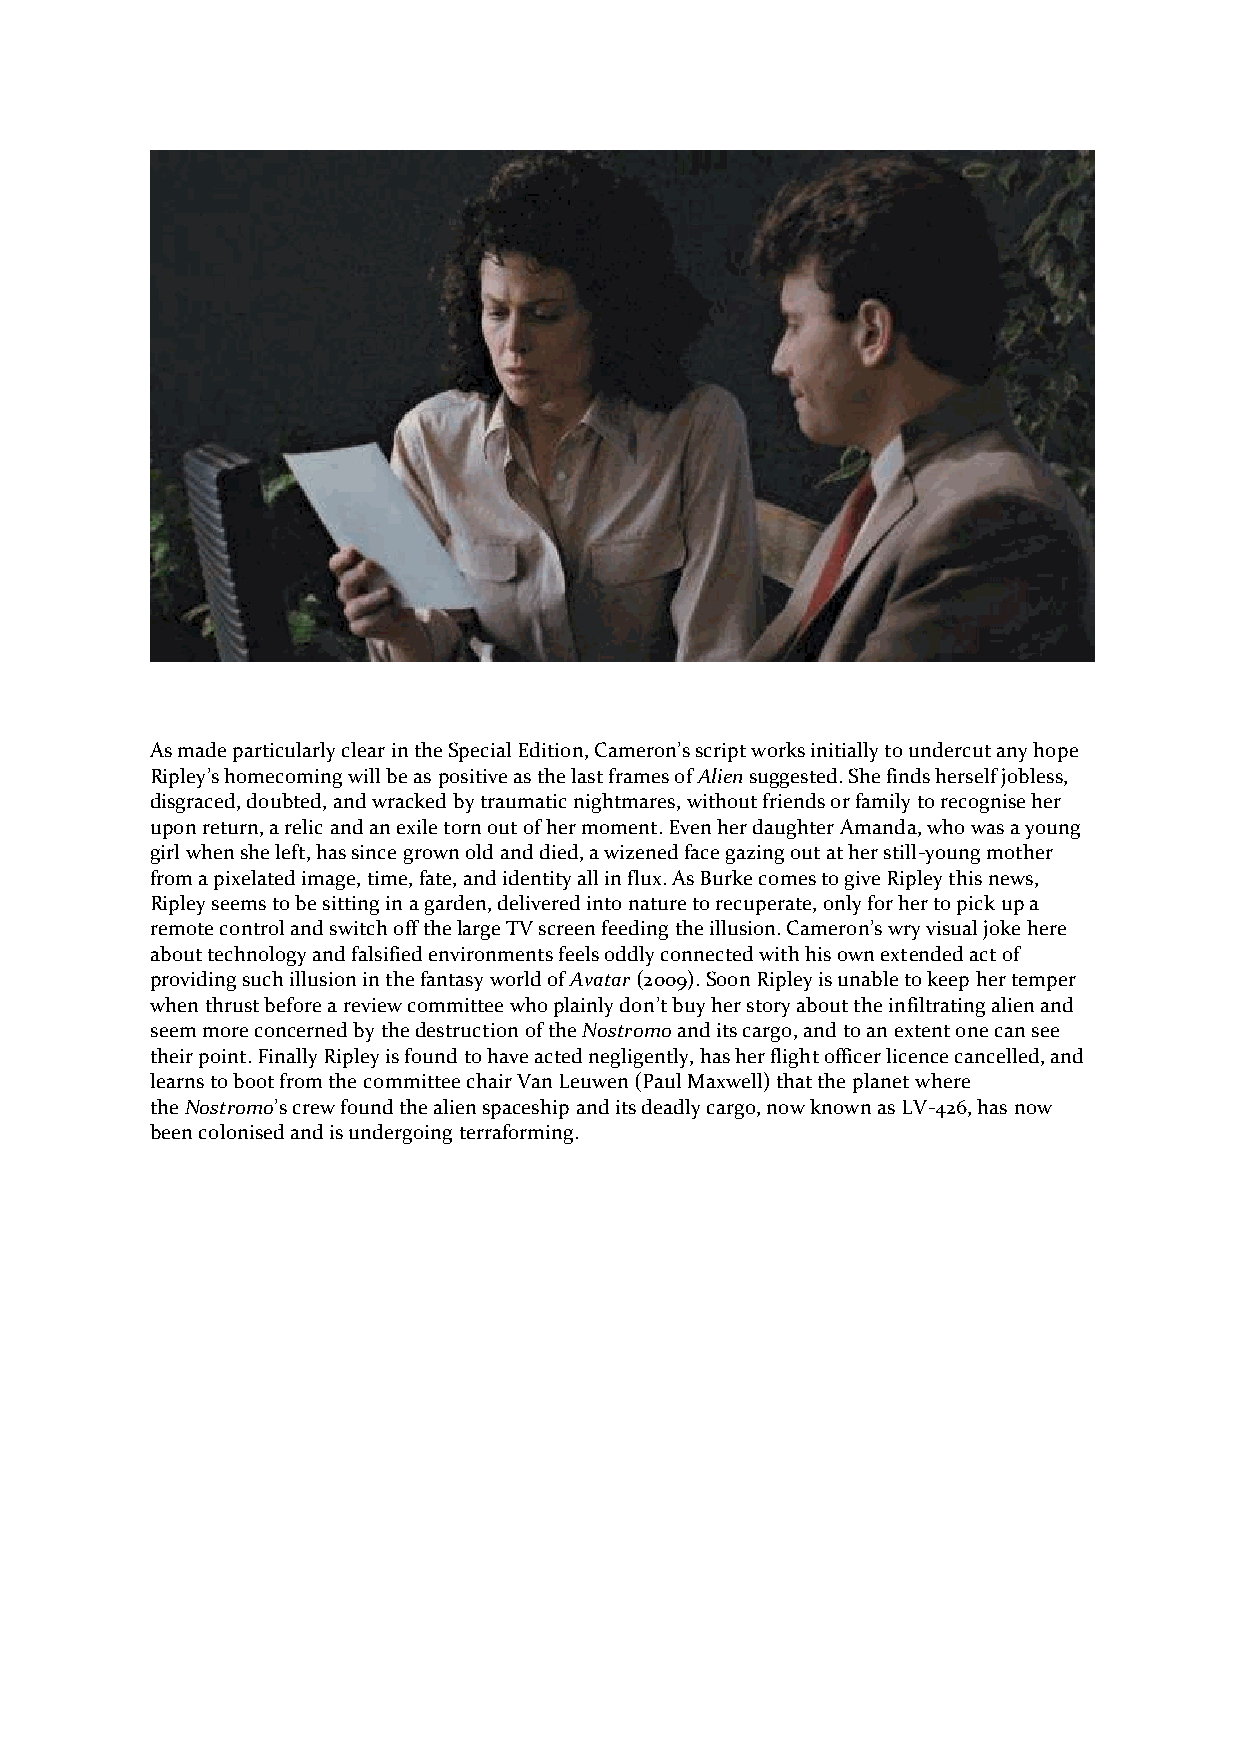
As made particularly clear in the Special Edition, Cameron’s script works initially to undercut any hope
 Ripley’s homecoming will be as positive as the last frames of Alien suggested. She finds herself jobless,
 disgraced, doubted, and wracked by traumatic nightmares, without friends or family to recognise her
 upon return, a relic and an exile torn out of her moment. Even her daughter Amanda, who was a young
 girl when she left, has since grown old and died, a wizened face gazing out at her still-young mother
 from a pixelated image, time, fate, and identity all in flux. As Burke comes to give Ripley this news,
 Ripley seems to be sitting in a garden, delivered into nature to recuperate, only for her to pick up a
 remote control and switch off the large TV screen feeding the illusion. Cameron’s wry visual joke here
 about technology and falsified environments feels oddly connected with his own extended act of
 providing such illusion in the fantasy world of Avatar (2009). Soon Ripley is unable to keep her temper
 when thrust before a review committee who plainly don’t buy her story about the infiltrating alien and
 seem more concerned by the destruction of the Nostromo and its cargo, and to an extent one can see
 their point. Finally Ripley is found to have acted negligently, has her flight officer licence cancelled, and
 learns to boot from the committee chair Van Leuwen (Paul Maxwell) that the planet where
 the Nostromo’s crew found the alien spaceship and its deadly cargo, now known as LV-426, has now
 been colonised and is undergoing terraforming.